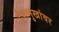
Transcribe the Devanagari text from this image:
देशमुखांवर